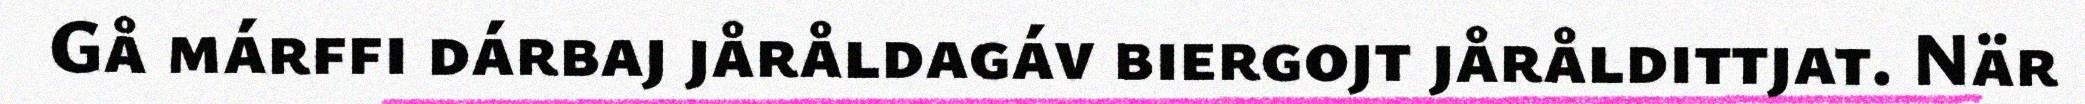
Gå márffi dárbaj jåråldagáv biergojt jåråldittjat. När